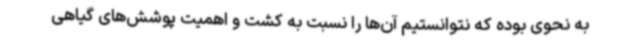
به نحوی بوده که نتوانستیم آن‌ها را نسبت به کشت و اهمیت پوشش‌های گیاهی